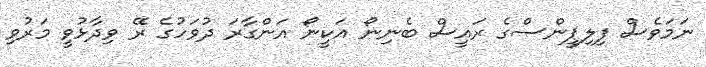
ނަމަވެސް ފިލިޕީންސްގެ ރައީސް ބެނިނޯ އަކީނޯ އަންގާރަ ދުވަހުގެ ރޭ ވިދާޅުވީ މަރުވި